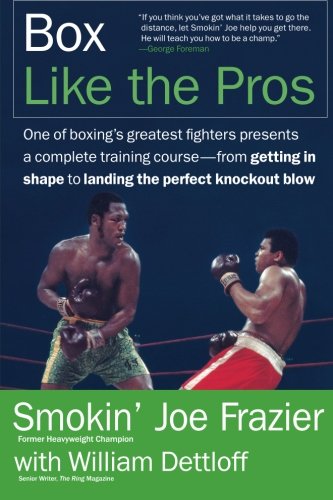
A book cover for Box Like the Pros; Joe Frazier; Sports & Outdoors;